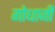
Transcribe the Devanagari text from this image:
गोधाजी